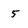
Character: 5